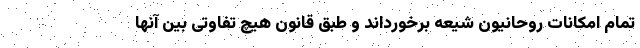
تمام امکانات روحانیون شیعه برخورداند و طبق قانون هیچ تفاوتی بین آنها